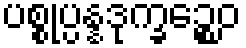
ပစ္စုပ္ပန္နဒုက္ခဉ္စေဝ